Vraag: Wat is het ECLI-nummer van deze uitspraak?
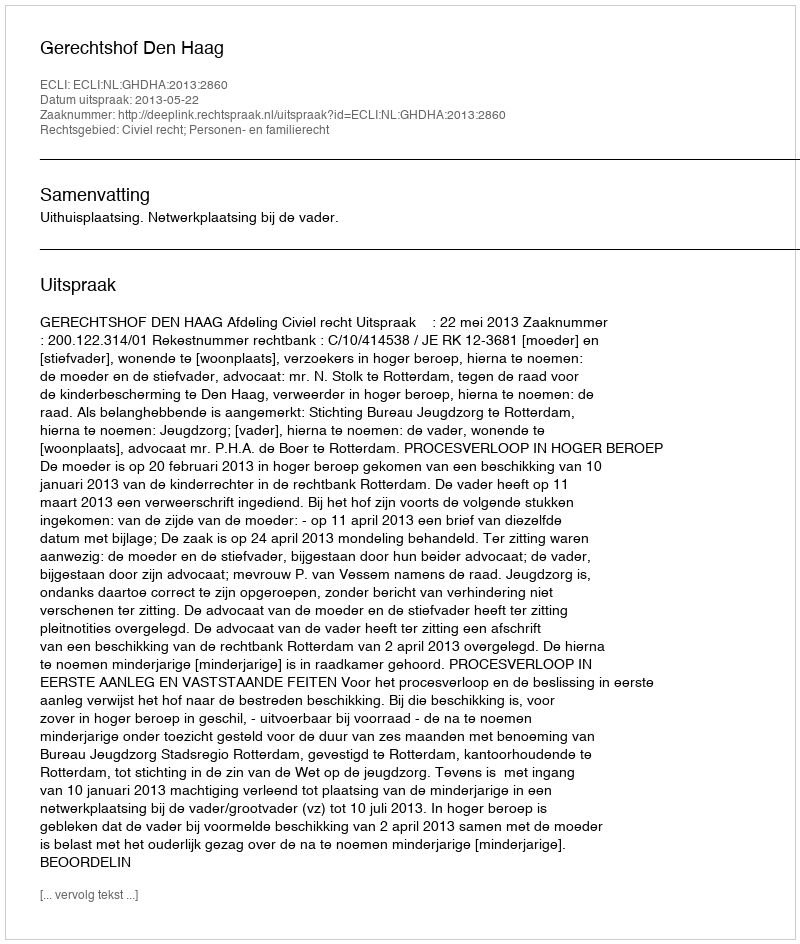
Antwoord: ECLI:NL:GHDHA:2013:2860